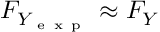
F _ { Y _ { \mathrm { ~ e ~ x ~ p ~ } } } \approx F _ { Y }